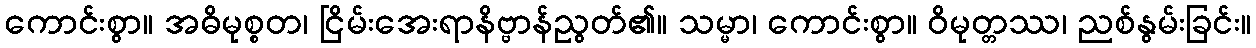
ကောင်းစွာ။ အဓိမုစ္စတ၊ ငြိမ်းအေးရာနိဗ္ဗာန်ညွတ်၏။ သမ္မာ၊ ကောင်းစွာ။ ဝိမုတ္တဿ၊ ညစ်နွမ်းခြင်း။